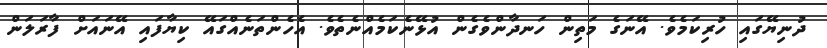
ދުނިޔޭގައި ހުރިކަމެވެ. އޭނަގެ މަތިން ހަނދާންވެގެން އުޅޭނެކަމެއްނެތެވެ. އެހެންތަނެއްގައޭ ކިޔާފައި އޭނައަށް ފާރަލަން